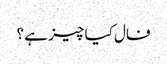
فال کیا چیز ہے ؟